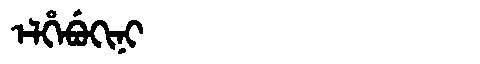
Manchu: ᡝᠯᡥᡝᠪᡠᡴᡳᠨᡳ
Romanization: ELHEBUKINI